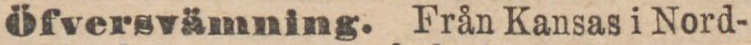
Öfversvämning. Från Kansas i Nord-